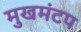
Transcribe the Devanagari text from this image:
मुखमंटप